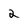
Character: 2